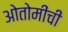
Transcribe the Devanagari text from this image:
ओतोमींची